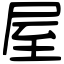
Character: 屋